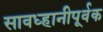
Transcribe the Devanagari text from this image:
सावध्हानीपूर्वक